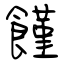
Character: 饉